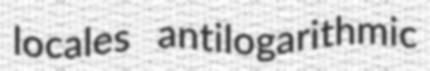
locales antilogarithmic